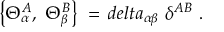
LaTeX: \left\{ \Theta _ { \alpha } ^ { A } , \ \Theta _ { \beta } ^ { B } \right\} \ = \, d e l t a _ { \alpha \beta } \ \delta ^ { A B } \ .